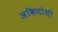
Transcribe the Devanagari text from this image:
अकियोशी